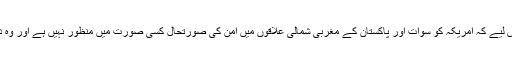
عالمی استعمار کی طرف سے دباؤ ڈالا جا رہا ہے کہ اس معاہدہ کو ختم کیا جائے اس لیے کہ امریکہ کو سوات اور پاکستان کے مغربی شمالی علاقوں میں امن کی صورتحال کسی صورت میں منظور نہیں ہے اور وہ دنیا کے کسی خطے میں شرعی قوانین کا نفاذ برداشت کرنے کے لیے تیار نہیں ہے۔